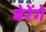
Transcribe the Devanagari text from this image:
बेरेंगे